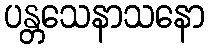
ပန္တသေနာသနော